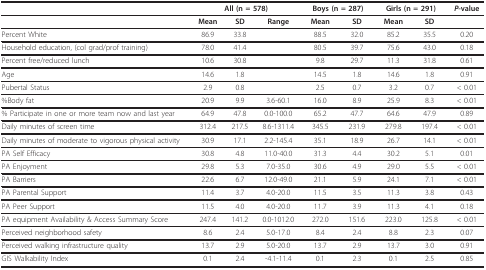
<table><thead><tr><td></td><td colspan="3"><b>All (n = 578)</b></td><td colspan="2"><b>Boys (n = 287)</b></td><td colspan="2"><b>Girls (n = 291)</b></td><td><b><i>P</i>-value</b></td></tr></thead><tbody><tr><td></td><td><b>Mean</b></td><td><b>SD</b></td><td><b>Range</b></td><td><b>Mean</b></td><td><b>SD</b></td><td><b>Mean</b></td><td><b>SD</b></td><td></td></tr><tr><td>Percent White</td><td>86.9</td><td>33.8</td><td></td><td>88.5</td><td>32.0</td><td>85.2</td><td>35.5</td><td>0.20</td></tr><tr><td>Household education, (col grad/prof training)</td><td>78.0</td><td>41.4</td><td></td><td>80.5</td><td>39.7</td><td>75.6</td><td>43.0</td><td>0.18</td></tr><tr><td>Percent free/reduced lunch</td><td>10.6</td><td>30.8</td><td></td><td>9.8</td><td>29.7</td><td>11.3</td><td>31.8</td><td>0.61</td></tr><tr><td>Age</td><td>14.6</td><td>1.8</td><td></td><td>14.5</td><td>1.8</td><td>14.6</td><td>1.8</td><td>0.91</td></tr><tr><td>Pubertal Status</td><td>2.9</td><td>0.8</td><td></td><td>2.5</td><td>0.7</td><td>3.2</td><td>0.7</td><td>&lt; 0.01</td></tr><tr><td>%Body fat</td><td>20.9</td><td>9.9</td><td>3.6-60.1</td><td>16.0</td><td>8.9</td><td>25.9</td><td>8.3</td><td>&lt; 0.01</td></tr><tr><td>% Participate in one or more team now and last year</td><td>64.9</td><td>47.8</td><td>0.0-100.0</td><td>65.2</td><td>47.7</td><td>64.6</td><td>47.9</td><td>0.89</td></tr><tr><td>Daily minutes of screen time</td><td>312.4</td><td>217.5</td><td>8.6-1311.4</td><td>345.5</td><td>231.9</td><td>279.8</td><td>197.4</td><td>&lt; 0.01</td></tr><tr><td>Daily minutes of moderate to vigorous physical activity</td><td>30.9</td><td>17.1</td><td>2.2-145.4</td><td>35.1</td><td>18.9</td><td>26.7</td><td>14.1</td><td>&lt; 0.01</td></tr><tr><td>PA Self Efficacy</td><td>30.8</td><td>4.8</td><td>11.0-40.0</td><td>31.3</td><td>4.4</td><td>30.2</td><td>5.1</td><td>0.01</td></tr><tr><td>PA Enjoyment</td><td>29.8</td><td>5.3</td><td>7.0-35.0</td><td>30.6</td><td>4.9</td><td>29.0</td><td>5.5</td><td>&lt; 0.01</td></tr><tr><td>PA Barriers</td><td>22.6</td><td>6.7</td><td>12.0-49.0</td><td>21.1</td><td>5.9</td><td>24.1</td><td>7.1</td><td>&lt; 0.01</td></tr><tr><td>PA Parental Support</td><td>11.4</td><td>3.7</td><td>4.0-20.0</td><td>11.5</td><td>3.5</td><td>11.3</td><td>3.8</td><td>0.43</td></tr><tr><td>PA Peer Support</td><td>11.5</td><td>4.0</td><td>4.0-20.0</td><td>11.7</td><td>3.9</td><td>11.3</td><td>4.1</td><td>0.18</td></tr><tr><td>PA equipment Availability &amp; Access Summary Score</td><td>247.4</td><td>141.2</td><td>0.0-1012.0</td><td>272.0</td><td>151.6</td><td>223.0</td><td>125.8</td><td>&lt; 0.01</td></tr><tr><td>Perceived neighborhood safety</td><td>8.6</td><td>2.4</td><td>5.0-17.0</td><td>8.4</td><td>2.4</td><td>8.8</td><td>2.3</td><td>0.07</td></tr><tr><td>Perceived walking infrastructure quality</td><td>13.7</td><td>2.9</td><td>5.0-20.0</td><td>13.7</td><td>2.9</td><td>13.7</td><td>3.0</td><td>0.91</td></tr><tr><td>GIS Walkability Index</td><td>0.1</td><td>2.4</td><td>-4.1-11.4</td><td>0.1</td><td>2.3</td><td>0.1</td><td>2.5</td><td>0.85</td></tr></tbody></table>